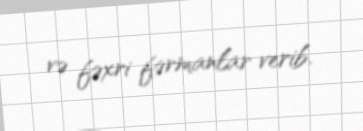
və fəxri fərmanlar verib.